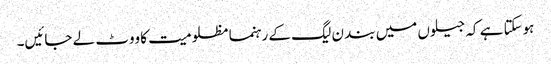
ہوسکتا ہے کہ جیلوں میں بند ن لیگ کے رہنما مظلومیت کا ووٹ لے جائیں۔